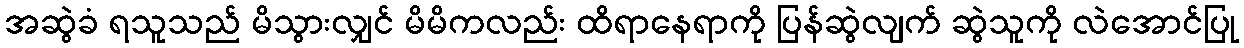
အဆွဲခံ ရသူသည် မိသွားလျှင် မိမိကလည်း ထိရာနေရာကို ပြန်ဆွဲလျက် ဆွဲသူကို လဲအောင်ပြု